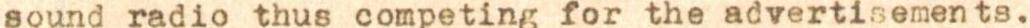
sound radio thus competing for the advertisements.